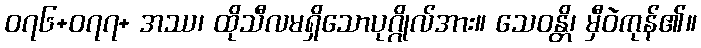
၀၇၆+၀၇၇+ အဿ၊ ထိုသီလမရှိသောပုဂ္ဂိုလ်အား။ သေဝန္တိ၊ မှီဝဲကုန်၏။